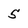
Character: 5